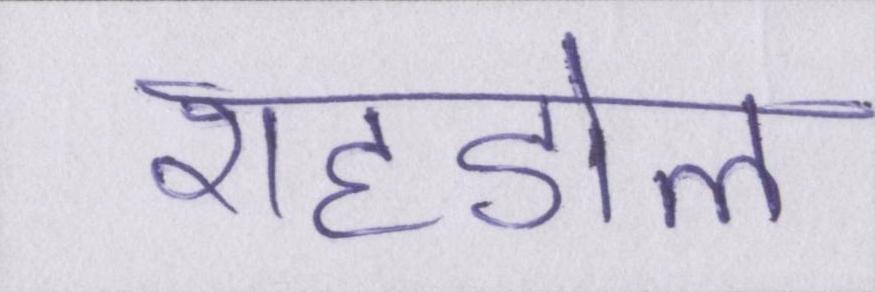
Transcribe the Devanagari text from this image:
शहडोल